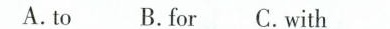
A.to B.for C.with